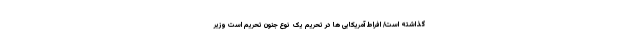
گذاشته است/ افراط آمریکایی ها در تحریم یک نوع جنون تحریم است وزیر